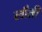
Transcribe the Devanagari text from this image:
लौती